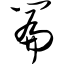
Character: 篇